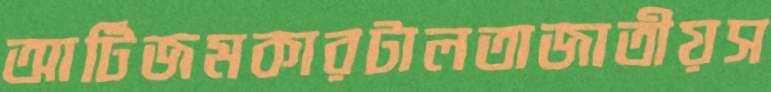
আটিজমকারটালতাজাতীয়স